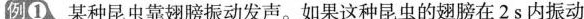
例①、某种昆虫靠翅膀振动发声。如果这种昆虫的翅膀在2s内振动